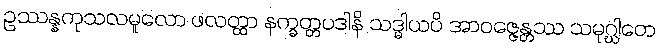
ဥဿန္နကုသလမူလော ဖလတ္ထာ နက္ခတ္တပဒါနိ သဒ္ဓါယပိ အာဝဇ္ဇေန္တဿ သမုဂ္ဃါတေ